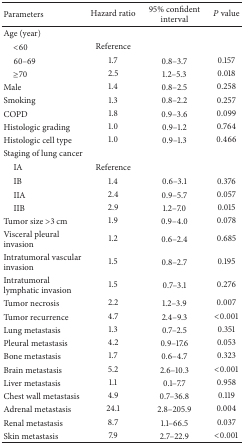
| Parameters | Hazard ratio | 95% confident interval | P value |
 | --- | --- | --- | --- |
 | Age (year) |  |  |  |
 | <60 | Reference |  |  |
 | 60–69 | 1.7 | 0.8–3.7 | 0.157 |
 | ≥70 | 2.5 | 1.2–5.3 | 0.018 |
 | Male | 1.4 | 0.8–2.5 | 0.258 |
 | Smoking | 1.3 | 0.8–2.2 | 0.257 |
 | COPD | 1.8 | 0.9–3.6 | 0.099 |
 | Histologic grading | 1.0 | 0.9–1.2 | 0.764 |
 | Histologic cell type | 1.0 | 0.9–1.3 | 0.466 |
 | Staging of lung cancer |  |  |  |
 | IA | Reference |  |  |
 | IB | 1.4 | 0.6–3.1 | 0.376 |
 | IIA | 2.4 | 0.9–5.7 | 0.057 |
 | IIB | 2.9 | 1.2–7.0 | 0.015 |
 | Tumor size >3 cm | 1.9 | 0.9–4.0 | 0.078 |
 | Visceral pleural invasion | 1.2 | 0.6–2.4 | 0.685 |
 | Intratumoral vascular invasion | 1.5 | 0.8–2.7 | 0.195 |
 | Intratumoral lymphatic invasion | 1.5 | 0.7–3.1 | 0.276 |
 | Tumor necrosis | 2.2 | 1.2–3.9 | 0.007 |
 | Tumor recurrence | 4.7 | 2.4–9.3 | <0.001 |
 | Lung metastasis | 1.3 | 0.7–2.5 | 0.351 |
 | Pleural metastasis | 4.2 | 0.9–17.6 | 0.053 |
 | Bone metastasis | 1.7 | 0.6–4.7 | 0.323 |
 | Brain metastasis | 5.2 | 2.6–10.3 | <0.001 |
 | Liver metastasis | 1.1 | 0.1–7.7 | 0.958 |
 | Chest wall metastasis | 4.9 | 0.7–36.8 | 0.119 |
 | Adrenal metastasis | 24.1 | 2.8–205.9 | 0.004 |
 | Renal metastasis | 8.7 | 1.1–66.5 | 0.037 |
 | Skin metastasis | 7.9 | 2.7–22.9 | <0.001 |